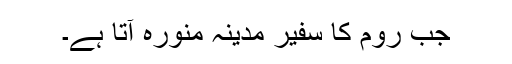
جب روم کا سفیر مدینہ منورہ آتا ہے۔